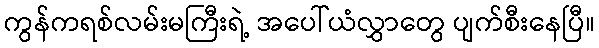
ကွန်ကရစ်လမ်းမကြီးရဲ့ အပေါ်ယံလွှာတွေ ပျက်စီးနေပြီ။